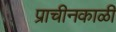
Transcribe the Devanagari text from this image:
प्राचीनकाळीं